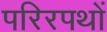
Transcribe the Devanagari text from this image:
परिरपथों